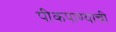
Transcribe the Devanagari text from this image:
पीकपाण्याची